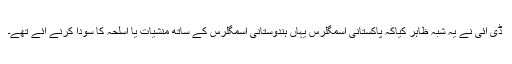
ڈی آئی نے یہ شبہ ظاہر کیاکہ پاکستانی اسمگلرس یہاں ہندوستانی اسمگلرس کے ساتھ منشیات یا اسلحہ کا سودا کرنے آئے تھے۔